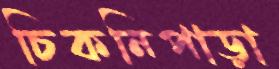
চিকনিপাড়া